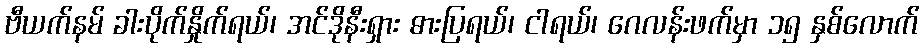
ဗီယက်နမ် ခါးပိုက်နှိုက်ရယ်၊ အင်ဒိုနီးရှား ဓားပြရယ်၊ ငါရယ်၊ ဂေလန်းဖက်မှာ ၁၅ နှစ်လောက်